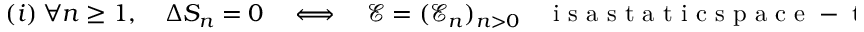
( i ) \ \forall n \geq 1 , \quad \Delta S _ { n } = 0 \quad \Longleftrightarrow \quad { \mathcal E } = ( { \mathcal E _ { n } } ) _ { n > 0 } \quad \mathrm { ~ i ~ s ~ a ~ s ~ t ~ a ~ t ~ i ~ c ~ s ~ p ~ a ~ c ~ e ~ - ~ t ~ i ~ m ~ e ~ } ,